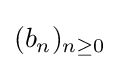
{\textstyle (b_{n})_{n\geq 0}}